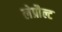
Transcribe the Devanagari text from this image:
लेप्रौल्ट